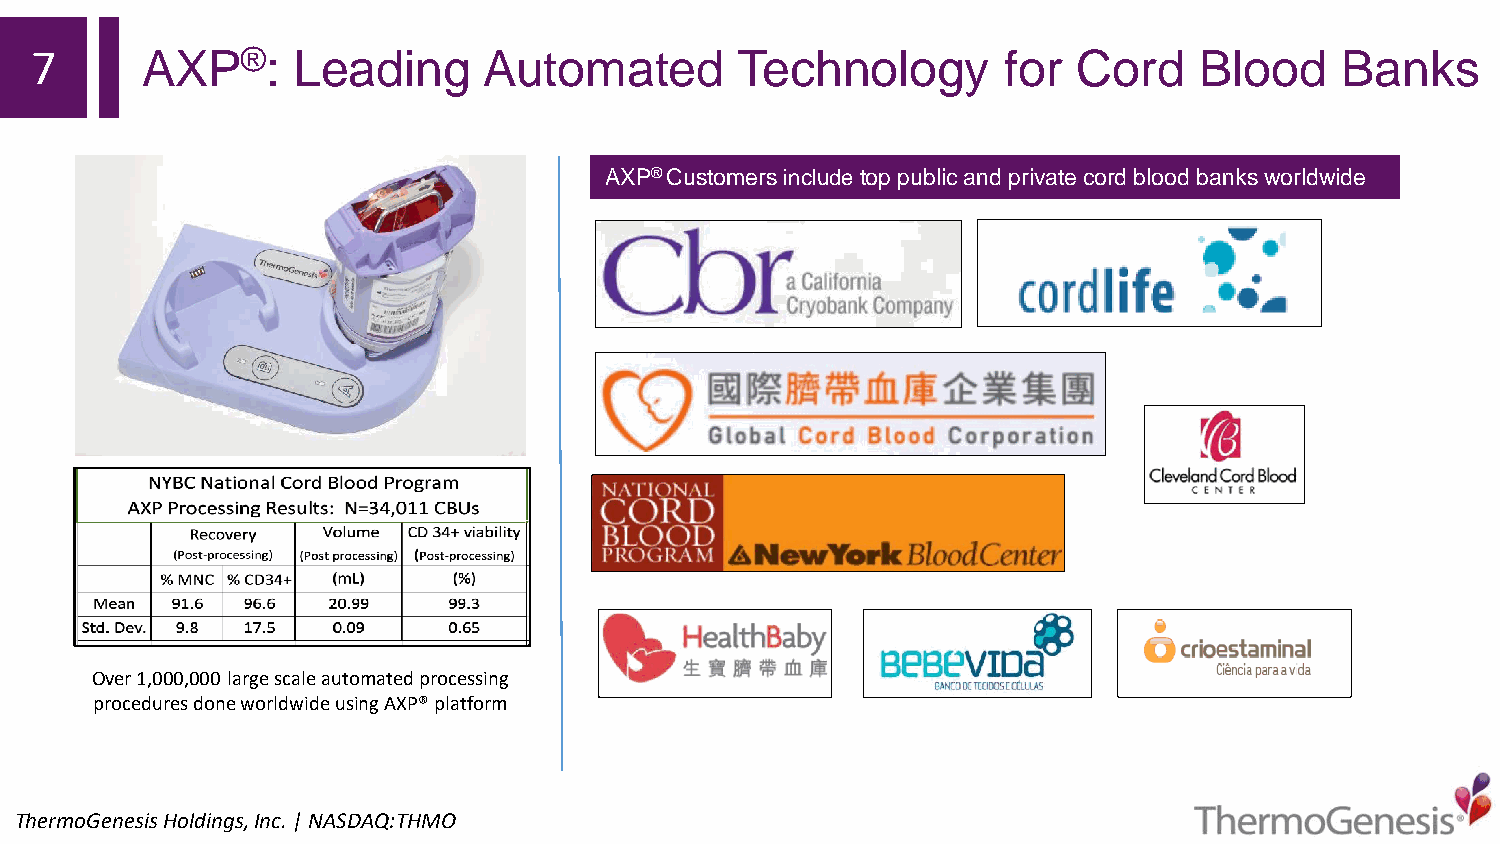
7      AXP®:     Leading      Automated        Technology        for Cord    Blood     Banks
 AXP® Customers includetop public and private cord blood banks worldwide
 Over 1,000,000 large scale automated processing
 procedures done worldwide using AXP® platform
 ThermoGenesisHoldings,Inc.| NASDAQ:THMO